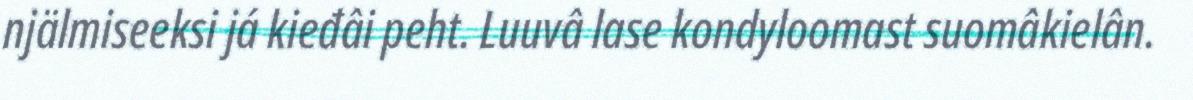
njälmiseeksi já kieđâi peht. Luuvâ lase kondyloomast suomâkielân.